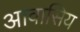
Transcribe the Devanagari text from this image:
आवासिय